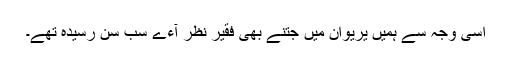
اسی وجہ سے ہمیں یریوان میں جتنے بھی فقیر نظر آءے سب سن رسیدہ تھے۔